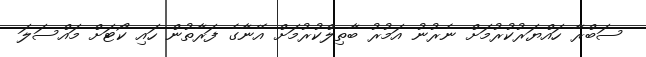
ސަބްރާ ހައްޔަރުކުރުމަށް ނެރުނު އަމުރު ބާތިލްކުރުމަށް އޭނާގެ ފަރާތުން ހައި ކޯޓަށް މައްސަލަ